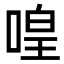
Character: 喤